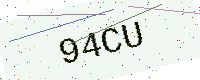
Text: 94CU